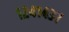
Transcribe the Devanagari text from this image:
१२४१४३७